First report of the anti-malarial operations at Mian Mir, 1901-1903 - Number 6
Year: 1901
Disease focus: Malaria
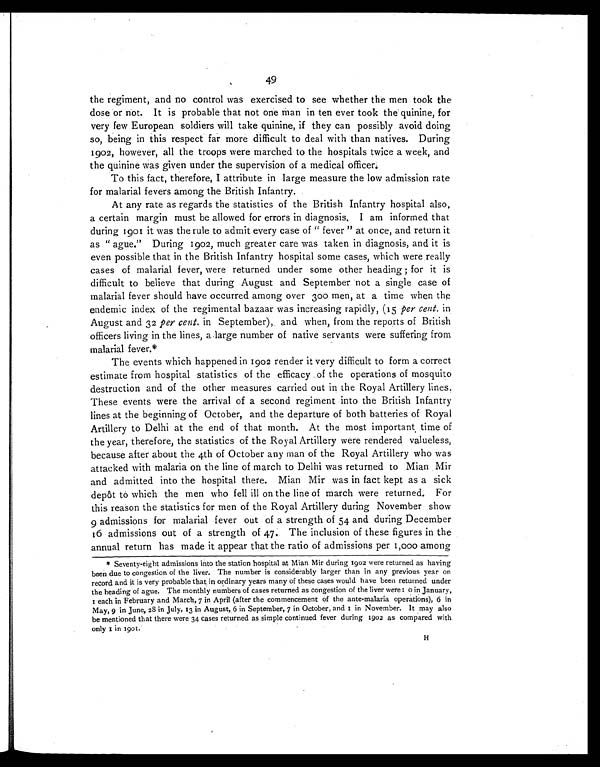
49
the regiment, and no control was exercised to see whether the men took the
dose or not. It is probable that not one man in ten ever took the quinine, for
very few European soldiers will take quinine, if they can possibly avoid doing
so, being in this respect far more difficult to deal with than natives. During
1902, however, all the troops were marched to the hospitals twice a week, and
the quinine was given under the supervision of a medical officer.
To this fact, therefore, I attribute in large measure the low admission rate
for malarial fevers among the British Infantry.
At any rate as regards the statistics of the British Infantry hospital also,
a certain margin must be allowed for errors in diagnosis. I am informed that
during 1901 it was the rule to admit every case of "fever" at once, and return it
as " ague." During 1902, much greater care was taken in diagnosis, and it is
even possible that in the British Infantry hospital some cases, which were really
cases of malarial fever, were returned under some other heading; for it is
difficult to believe that during August and September not a single case of
malarial fever should have occurred among over 300 men, at a time when the
endemic index of the regimental bazaar was increasing rapidly, (15 per cent. in
August and 32 per cent. in September), and when, from the reports of British
officers living in the lines, a large number of native servants were suffering from
malarial fever.*
The events which happened in 1902 render it very difficult to form a correct
estimate from hospital statistics of the efficacy of the operations of mosquito
destruction and of the other measures carried out in the Royal Artillery lines.
These events were the arrival of a second regiment into the British Infantry
lines at the beginning of October, and the departure of both batteries of Royal
Artillery to Delhi at the end of that month. At the most important time of
the year, therefore, the statistics of the Royal Artillery were rendered valueless,
because after about the 4th of October any man of the Royal Artillery who was
attacked with malaria on the line of march to Delhi was returned to Mian Mir
and admitted into the hospital there. Mian Mir was in fact kept as a sick
depôt to which the men who fell ill on the line of march were returned. For
this reason the statistics for men of the Royal Artillery during November show
9 admissions for malarial fever out of a strength of 54 and during December
16 admissions out of a strength of 47. The inclusion of these figures in the
annual return has made it appear that the ratio of admissions per 1,000 among
* Seventy-eight admissions into the station hospital at Mian Mir during 1902 were returned as having
been due to congestion of the liver. The number is considerably larger than in any previous year on
record and it is very probable that in ordinary years many of these cases would have been returned under
the heading of ague. The monthly numbers of cases returned as congestion of the liver were : 0 in January,
reach in February and March, 7 in April (after the commencement of the ante-malaria operations), 6 in
May, 9 in June, 28 in July, 13 in August, 6 in September, 7 in October, and 1 in November. It may also
be mentioned that there were 34 cases returned as simple continued fever during 1902 as compared with
only 1 in 1901.
H